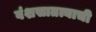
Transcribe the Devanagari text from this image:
वंशसातत्याची